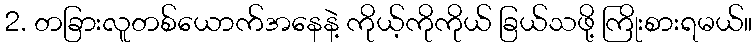
2. တခြားလူတစ်ယောက်အနေနဲ့ ကိုယ့်ကိုကိုယ် ခြယ်သဖို့ ကြိုးစားရမယ်။